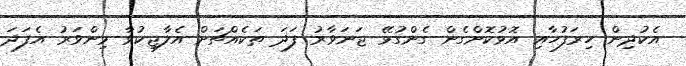
އެކުދިން ހިރަފުހާއި އޮޅުކޮށްގެން ގެންގުޅޭ ޖަނަވާރު ފަދަ ތަކެއްޗަށް އެލާޖިކުވާ މިންވަރު އެފަދަ